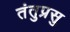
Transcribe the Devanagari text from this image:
तंतुप्रसु